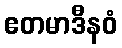
ဧတမာဒီနဝံ